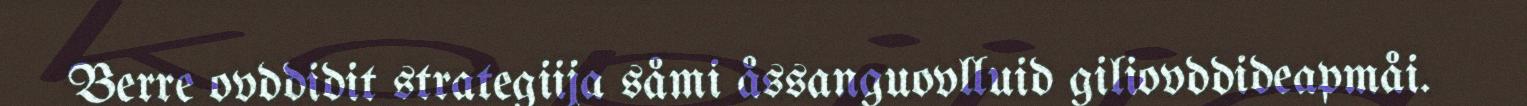
Berre ovddidit strategiija såmi åssanguovlluid giliovddideapmåi.